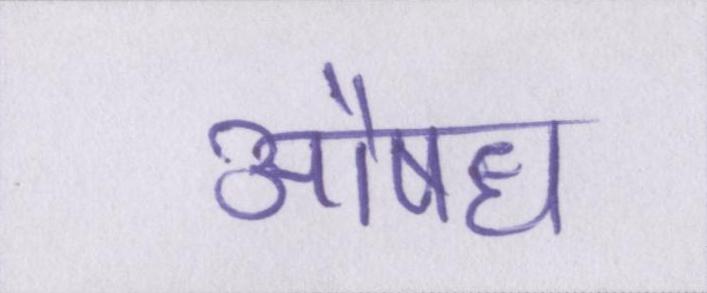
औषध